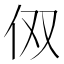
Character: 𰁪